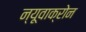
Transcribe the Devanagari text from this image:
न्यूवाक्रोन